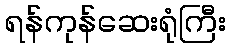
ရန်ကုန်ဆေးရုံကြီး